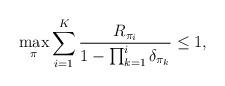
LaTeX: \begin{align*}\max_{\pi} \sum_{i=1}^K\frac{R_{\pi_i}}{1-\prod_{k=1}^i\delta_{\pi_k}}\leq 1 ,\end{align*}